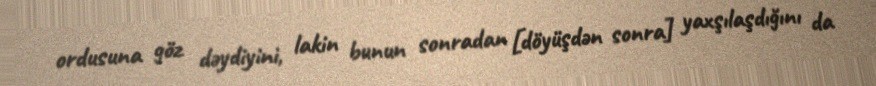
ordusuna göz dəydiyini, lakin bunun sonradan [döyüşdən sonra] yaxşılaşdığını da